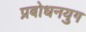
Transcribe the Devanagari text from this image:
प्रबोधनयुग